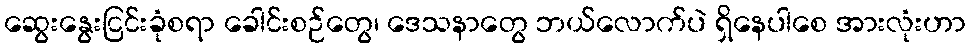
ဆွေးနွေးငြင်းခုံစရာ ခေါင်းစဉ်တွေ၊ ဒေသနာတွေ ဘယ်လောက်ပဲ ရှိနေပါစေ အားလုံးဟာ